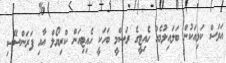
އަވަސް ކަޅިއަކުން ބަލައިލުމެއް ހެއިޓީގެ ރަސްމީ ބަހަކީ ހެއިޓިއަން ކްރިޔޯލް އާއި ފަރަންސޭސި